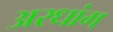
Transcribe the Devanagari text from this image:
अरधांग